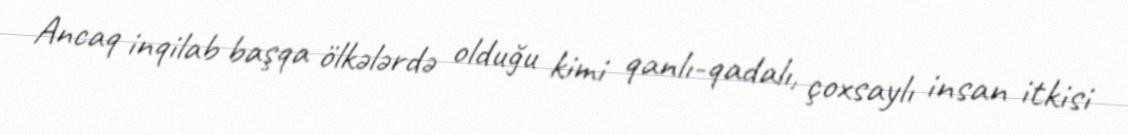
Ancaq inqilab başqa ölkələrdə olduğu kimi qanlı-qadalı, çoxsaylı insan itkisi